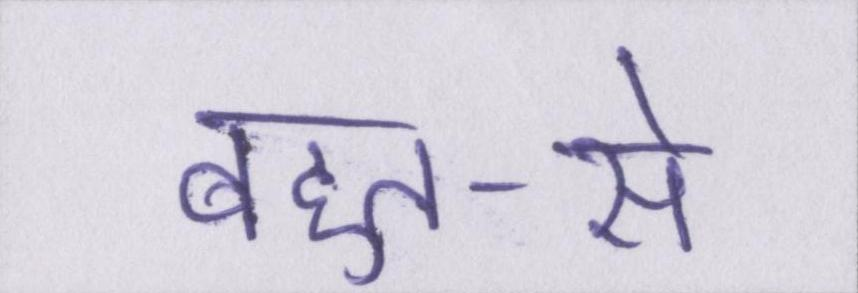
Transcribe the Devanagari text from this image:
बहुत-से